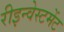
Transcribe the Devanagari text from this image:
रीइन्वेस्टमेंट